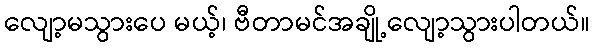
လျော့မသွားပေ မယ့်၊ ဗီတာမင်အချို့လျော့သွားပါတယ်။